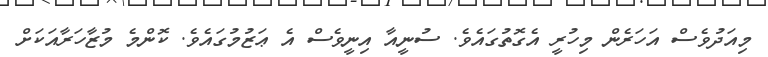
މިއަދުވެސް އަހަރެން މިހުރީ އެގޮތުގައެވެ. ސުނީއާ އިނީވެސް އެ ޢަޒުމުގައެވެ. ކޮންމެ މުޒާހަރާއަކަށް